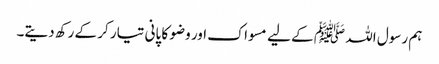
ہم رسول اللہ ﷺ کے لیے مسواک اور وضو کا پانی تیار کر کے رکھ دیتے۔